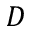
D